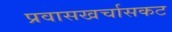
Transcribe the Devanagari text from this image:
प्रवासखर्चासकट